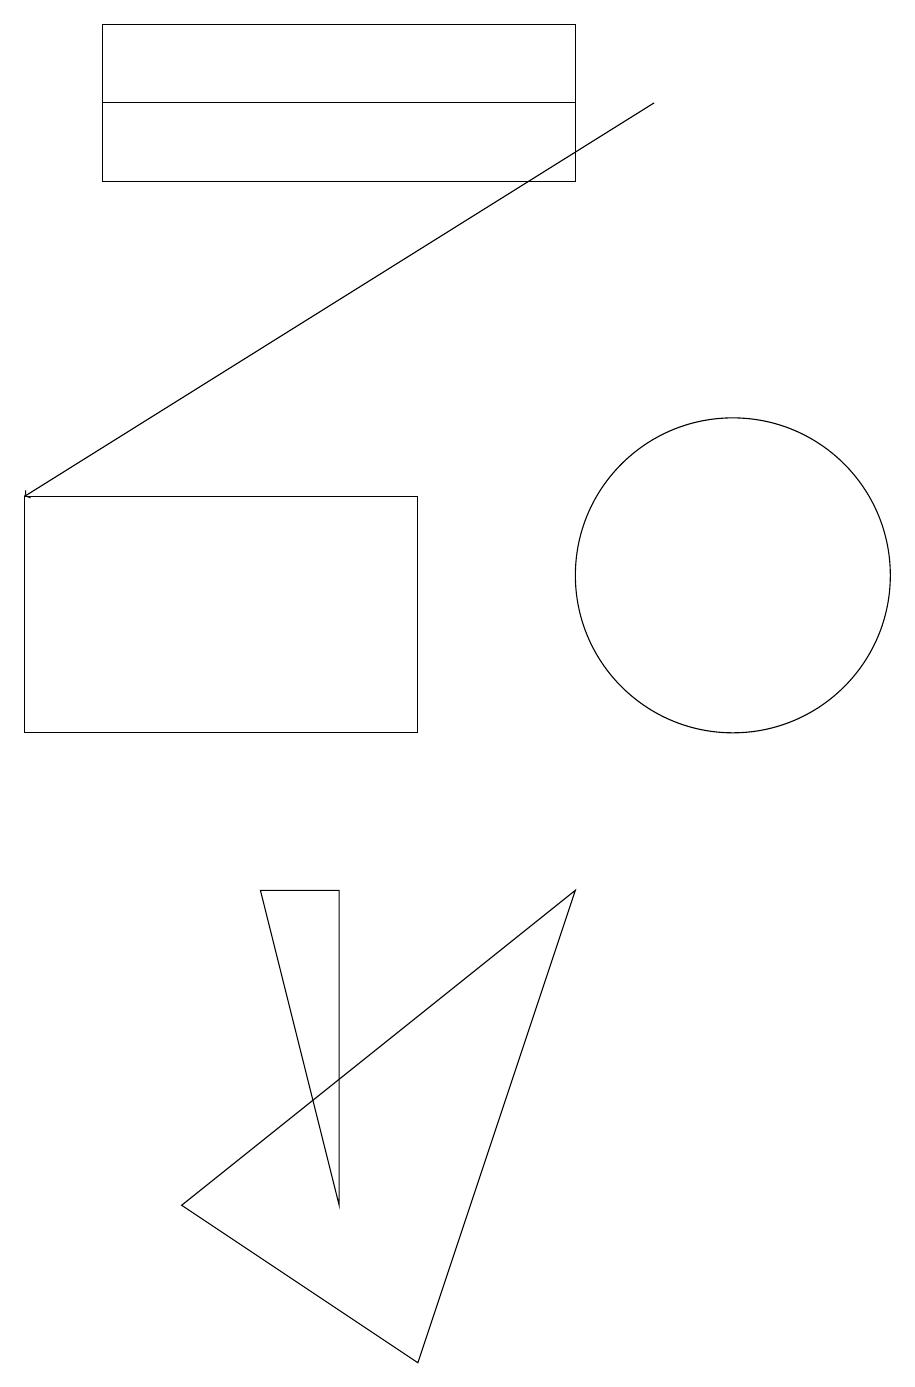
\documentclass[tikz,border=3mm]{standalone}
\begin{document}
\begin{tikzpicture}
\draw (2,18) rectangle (8,19);
\draw (1,13) rectangle (6,10);
\draw (2,17) rectangle (8,19);
\draw[->] (9,18) -- (1,13);
\draw (10,12) circle (2);
\draw (5,8) -- (5,4) -- (4,8) -- cycle;
\draw (6,2) -- (8,8) -- (3,4) -- cycle;
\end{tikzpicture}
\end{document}